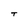
Character: T